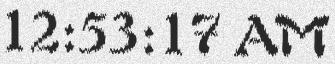
12:53:17 AM